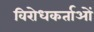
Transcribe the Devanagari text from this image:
विरोधकर्ताओं